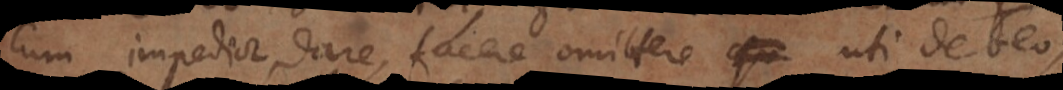
cum impedior, dare, facere omittere qu uti debeo,